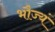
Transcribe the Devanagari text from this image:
भौज्यं